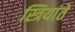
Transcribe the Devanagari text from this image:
स्त्रियांते